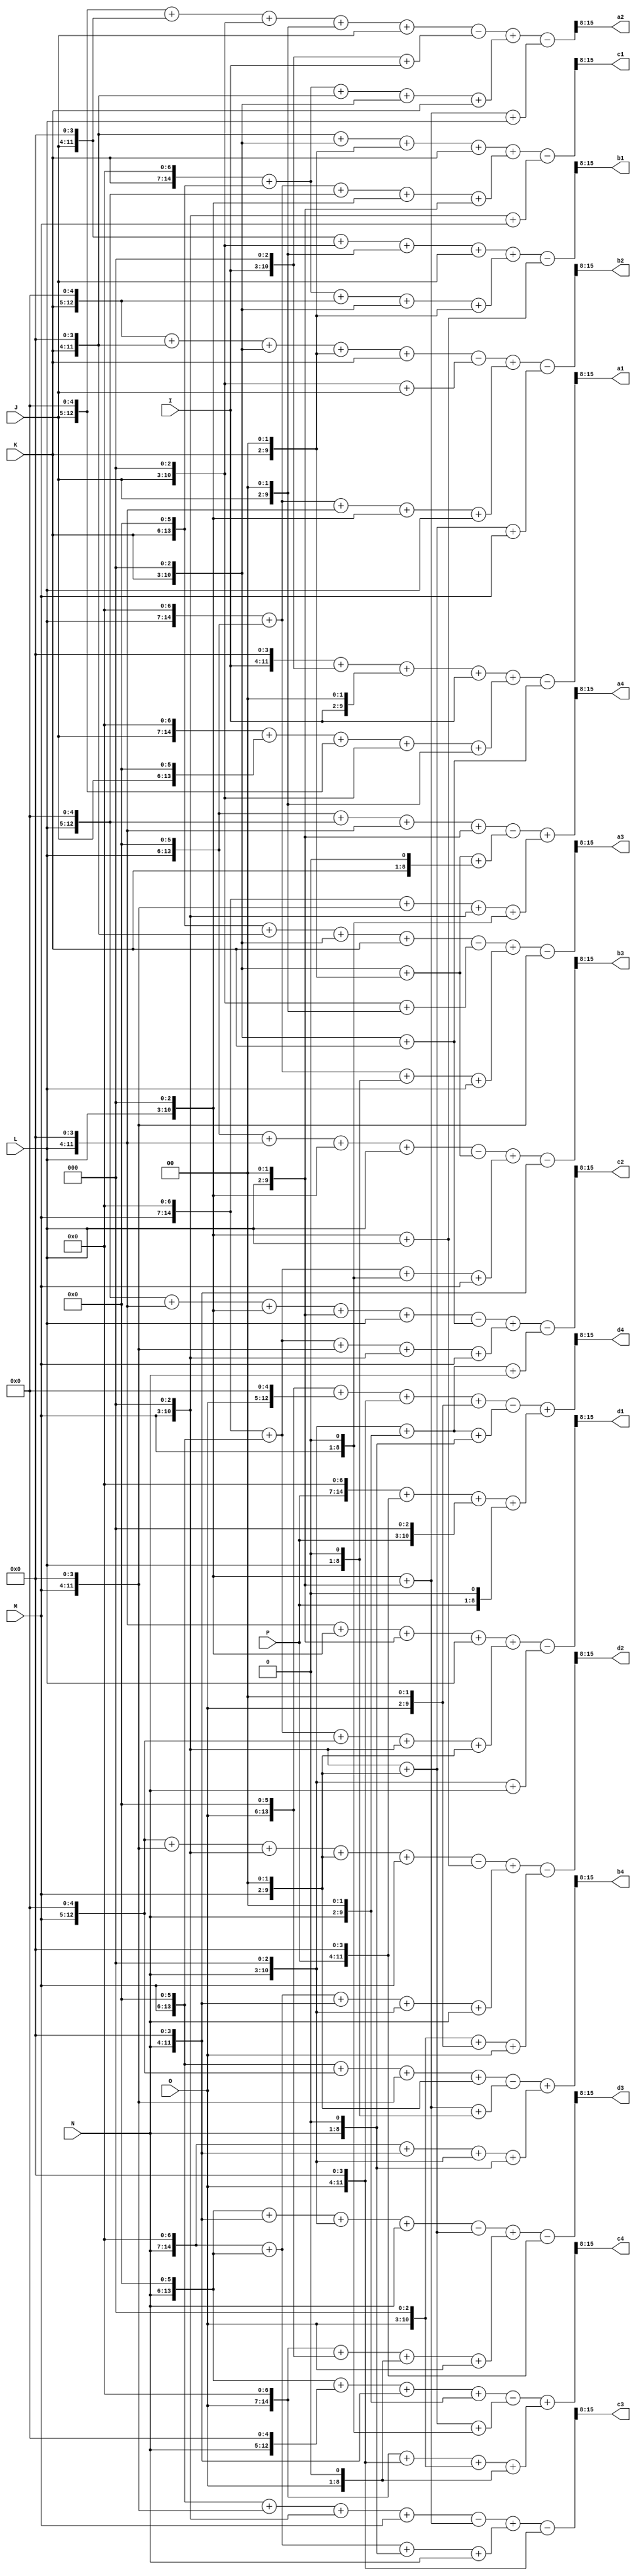
// `timescale 1ns / 1ps
module intra_predictor (I, J, K, L, M, N, O, P, a1,a2,a3,a4,b1,b2,b3,b4,c1,c2,c3,c4,d1,d2,d3,d4);
input [7:0] I, J, K, L, M, N, O, P;
output reg [7:0] a1,a2,a3,a4,b1,b2,b3,b4,c1,c2,c3,c4,d1,d2,d3,d4;
reg [17: 0] temp;

always @ *
begin

//////////////////////

temp = ( ( (I << 4) + (I << 3) + (I << 2) + I ) + ( (J << 7) + (J << 6) + (J << 5) + (J << 3) + (J << 2) ) - ( (K << 3) + K ) ) >> 8;
a1 = temp;

temp = ( ( (J << 5) + (J << 4) + (J << 3) + (J << 2) + J ) - ( (I << 3) + I ) + ( (K << 7) + (K << 6) + (K << 4) + (K << 3) + K ) - ( (L << 3) + (L << 2) + L ) ) >> 8;
a2 = temp;

temp = ( ( (K << 6) + (K << 4) + (K << 3) + K ) - ( (J << 3) + (J << 2) ) + ( (L << 7) + (L << 6) + (L << 1) + L ) - (M << 4) ) >> 8;
a3 = temp;

temp = ( ( (L << 6) + (L << 5) + (L << 4) + (L << 2) ) - ( (K << 3) + (K << 2) + (K << 1) ) + ( (M << 7) + (M << 4) + (M << 3) + (M << 1) ) ) >> 8;
a4 = temp;


//////////////////////

temp = ( ( (J << 4) + (J << 3) + (J << 2) + J ) + ( (K << 7) + (K << 6) + (K << 5) + (K << 3) + (K << 2) ) - ( (L << 3) + L ) ) >> 8;
b1 = temp;

temp = ( ( (K << 5) + (K << 4) + (K << 3) + (K << 2) + K ) - ( (J << 3) + J ) + ( (L << 7) + (L << 6) + (L << 4) + (L << 3) + L ) - ( (M << 3) + (M << 2) + M ) ) >> 8;
b2 = temp;

temp = ( ( (L << 6) + (L << 4) + (L << 3) + L ) - ( (K << 3) + (K << 2) ) + ( (M << 7) + (M << 6) + (M << 1) + M ) - (N << 4) ) >> 8;
b3 = temp;

temp = ( ( (M << 6) + (M << 5) + (M << 4) + (M << 2) ) - ( (L << 3) + (L << 2) + (L << 1) ) + ( (N << 7) + (N << 4) + (N << 3) + (N << 1) ) ) >> 8;
b4 = temp;


//////////////////////

temp = ( ( (K << 4) + (K << 3) + (K << 2) + K ) + ( (L << 7) + (L << 6) + (L << 5) + (L << 3) + (L << 2) ) - ( (M << 3) + M ) ) >> 8;
c1 = temp;

temp = ( ( (L << 5) + (L << 4) + (L << 3) + (L << 2) + L ) - ( (K << 3) + K ) + ( (M << 7) + (M << 6) + (M << 4) + (M << 3) + M ) - ( (N << 3) + (N << 2) + N ) ) >> 8;
c2 = temp;

temp = ( ( (M << 6) + (M << 4) + (M << 3) + M ) - ( (L << 3) + (L << 2) ) + ( (N << 7) + (N << 6) + (N << 1) + N ) - (O << 4) ) >> 8;
c3 = temp;

temp = ( ( (N << 6) + (N << 5) + (N << 4) + (N << 2) ) - ( (M << 3) + (M << 2) + (M << 1) ) + ( (O << 7) + (O << 4) + (O << 3) + (O << 1) ) ) >> 8;
c4 = temp;


//////////////////////

temp = ( ( (L << 4) + (L << 3) + (L << 2) + L ) + ( (M << 7) + (M << 6) + (M << 5) + (M << 3) + (M << 2) ) - ( (N << 3) + N ) ) >> 8;
d1 = temp;

temp = ( ( (M << 5) + (M << 4) + (M << 3) + (M << 2) + M ) - ( (L << 3) + L ) + ( (N << 7) + (N << 6) + (N << 4) + (N << 3) + N ) - ( (O << 3) + (O << 2) + O ) ) >> 8;
d2 = temp;

temp = ( ( (N << 6) + (N << 4) + (N << 3) + N ) - ( (M << 3) + (M << 2) ) + ( (O << 7) + (O << 6) + (O << 1) + O ) - (P << 4) ) >> 8;
d3 = temp;

temp = ( ( (O << 6) + (O << 5) + (O << 4) + (O << 2) ) - ( (N << 3) + (N << 2) + (N << 1) ) + ( (P << 7) + (P << 4) + (P << 3) + (P << 1) ) ) >> 8;
d4 = temp;

end

endmodule